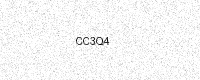
Text: CC3Q4